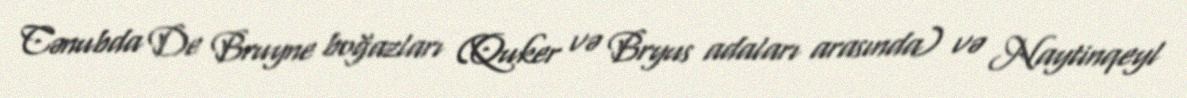
Cənubda De Bruyne boğazları (Quker və Bryus adaları arasında) və Naytinqeyl